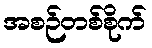
အစဉ်တစ်စိုက်